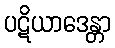
ပဋိယာဒေန္တာ